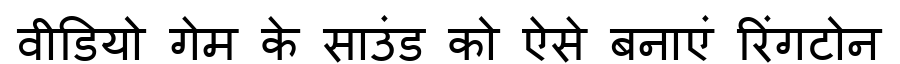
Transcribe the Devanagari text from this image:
वीडियो गेम के साउंड को ऐसे बनाएं रिंगटोन